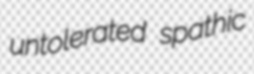
untolerated spathic